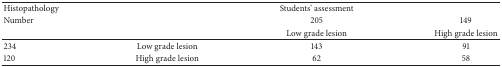
| Histopathology |  | Students' assessment |  |
 | Number |  | 205 | 149 |
 |  |  | Low grade lesion | High grade lesion |
 | --- | --- | --- | --- |
 | 234 | Low grade lesion | 143 | 91 |
 | 120 | High grade lesion | 62 | 58 |